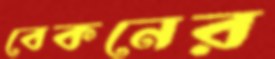
বেকনের